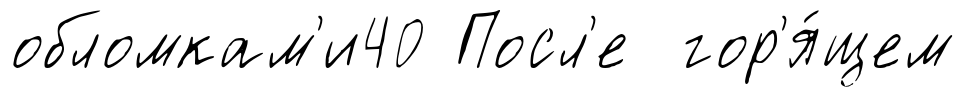
обломкам'и40 Посл'е гор'я́щем